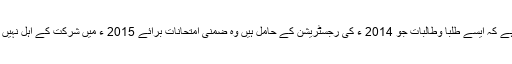
واضح رہے کہ ایسے طلبا وطالبات جو 2014 ء کی رجسٹریشن کے حامل ہیں وہ ضمنی امتحانات برائے 2015 ء میں شرکت کے اہل نہیں ہوں گے۔